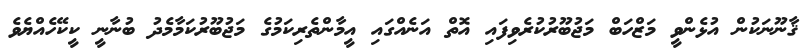
ޤާނޫނަކުން އުޅެންވީ މަޒްހަބް މަޖުބޫރުކުރެވިފައި އޮތް އަނެއްގައި އީމާންތެރިކަމުގެ މަޖުބޫރުކަމާމެދު ބުނާނީ ކީކޭހެއްޔެވެ